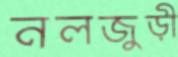
নলজুড়ী